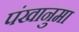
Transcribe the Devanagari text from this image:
पंखानुमा